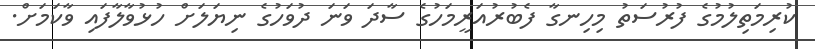
ކުރިމަތިލުމުގެ ފުރުސަތު މިހިނގާ ފެބުރުއަރީމަހުގެ ސާދަ ވަނަ ދުވަހުގެ ނިޔަލަށް ހުޅުވާލާފައި ވާކަމަށް.